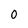
Character: 0